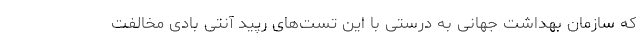
که سازمان بهداشت جهانی به درستی با این تست‌های رپید آنتی بادی مخالفت